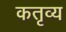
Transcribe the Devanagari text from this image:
कतृव्य